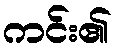
ကင်း၏